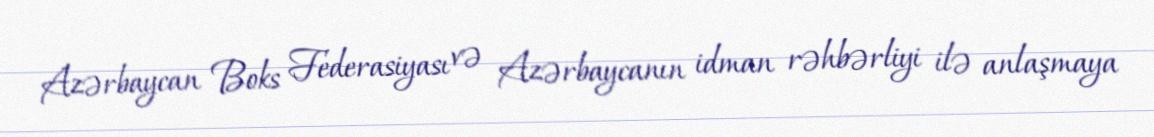
Azərbaycan Boks Federasiyası və Azərbaycanın idman rəhbərliyi ilə anlaşmaya